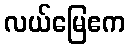
လယ်မြေဧက